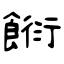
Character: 餰